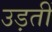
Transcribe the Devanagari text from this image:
उड़तीं